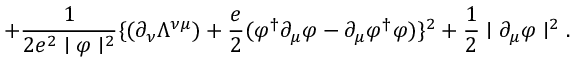
+ \frac { 1 } { 2 e ^ { 2 } \mid \varphi \mid ^ { 2 } } \{ ( \partial _ { \nu } \Lambda ^ { \nu \mu } ) + \frac { e } { 2 } ( \varphi ^ { \dagger } \partial _ { \mu } \varphi - \partial _ { \mu } \varphi ^ { \dagger } \varphi ) \} ^ { 2 } + \frac { 1 } { 2 } \mid \partial _ { \mu } \varphi \mid ^ { 2 } .